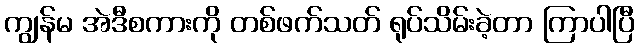
ကျွန်မ အဲဒီစကားကို တစ်ဖက်သတ် ရုပ်သိမ်းခဲ့တာ ကြာပါပြီ